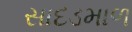
સાદડમાળ